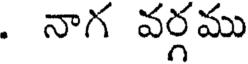
. నాగ వర్గము